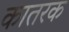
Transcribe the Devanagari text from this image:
कातरक